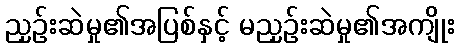
ညှဉ်းဆဲမှု၏အပြစ်နှင့် မညှဉ်းဆဲမှု၏အကျိုး